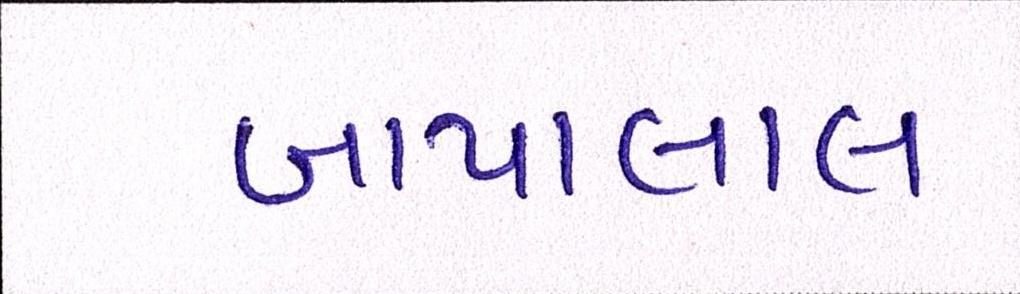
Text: બાપાલાલ